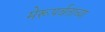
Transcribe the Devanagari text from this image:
मेरूपर्वताच्या